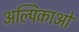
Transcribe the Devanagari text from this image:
अल्पिकाओं